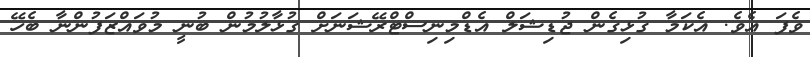
ވެފަ އެވެ. އެކަމާ ގުޅިގެން ޖުޑިޝަލް އެޑްމިނިސްޓްރޭޝަނަށް ގުޅާލުމުން ބުނީ މުވައްޒަފުންނާ ބެހޭ